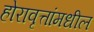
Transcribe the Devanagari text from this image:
होरावृत्तांमधील